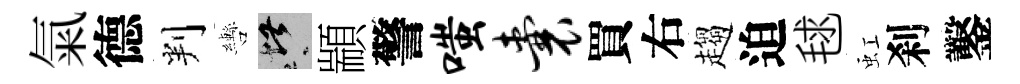
氣德判轡堪顓警嗤囊買右趨迫毬虹刹鑿